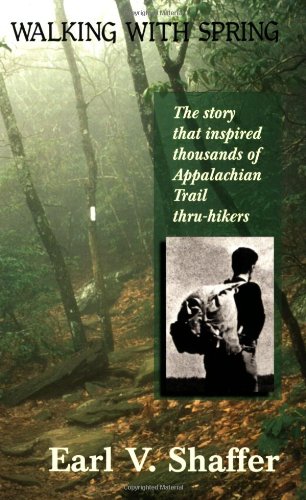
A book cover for Walking with Spring; Earl V. Shaffer; Sports & Outdoors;